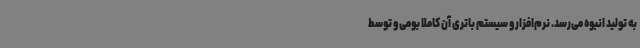
به تولید انبوه می‌رسد. نرم‌افزار و سیستم باتری آن کاملا بومی و توسط